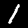
Digit: 1